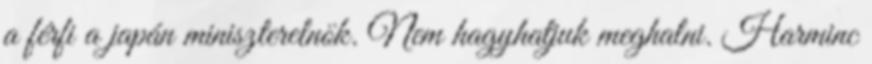
a férfi a japán miniszterelnök. Nem hagyhatjuk meghalni. Harminc